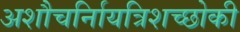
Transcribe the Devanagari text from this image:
अशौचर्निायत्रिशच्छोकी